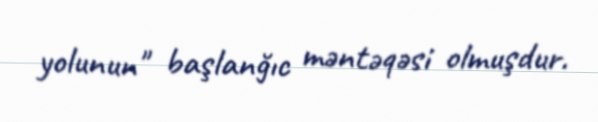
yolunun" başlanğıc məntəqəsi olmuşdur.